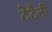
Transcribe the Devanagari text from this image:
टेटैनी